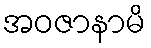
အဝဇာနာမိ